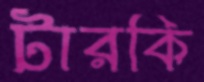
টারকি